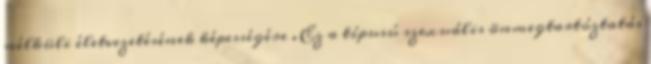
nélküli életvezetésének képességére . Ez a típusú szexuális önmegtartóztatás